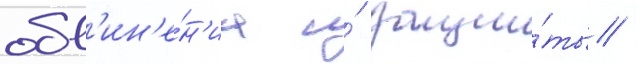
обв'ин'е́н'иа и́ защи́ты /